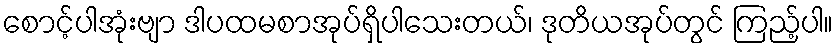
စောင့်ပါအုံးဗျာ ဒါပထမစာအုပ်ရှိပါသေးတယ်၊ ဒုတိယအုပ်တွင် ကြည့်ပါ။